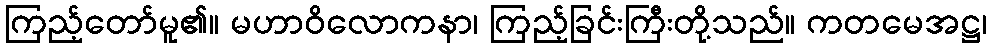
ကြည့်တော်မူ၏။ မဟာဝိလောကနာ၊ ကြည့်ခြင်းကြီးတို့သည်။ ကတမေအဋ္ဌ၊